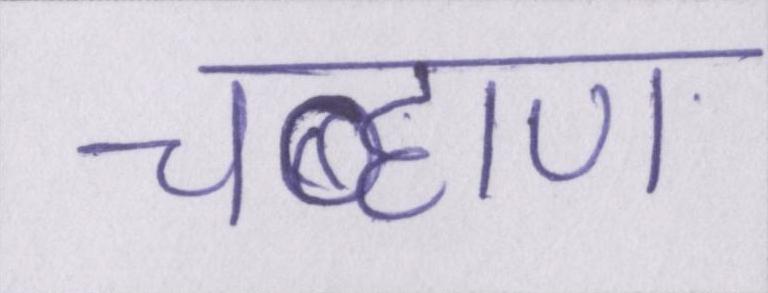
चव्हाण